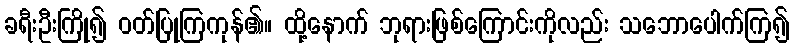
ခရီးဦးကြို၍ ဝတ်ပြုကြကုန်၏။ ထို့နောက် ဘုရားဖြစ်ကြောင်းကိုလည်း သဘောပေါက်ကြ၍